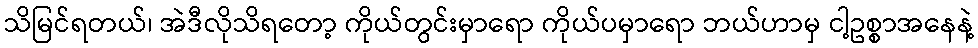
သိမြင်ရတယ်၊ အဲဒီလိုသိရတော့ ကိုယ်တွင်းမှာရော ကိုယ်ပမှာရော ဘယ်ဟာမှ ငါ့ဥစ္စာအနေနဲ့